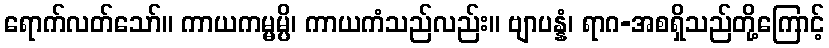
ရောက်လတ်သော်။ ကာယကမ္မမ္ပိ၊ ကာယကံသည်လည်း။ ဗျာပန္နံ၊ ရာဂ-အစရှိသည်တို့ကြောင့်